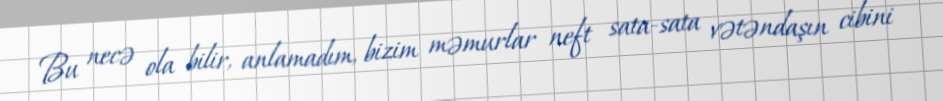
Bu necə ola bilir, anlamadım, bizim məmurlar neft sata-sata vətəndaşın cibini